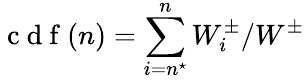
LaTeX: \mathrm{~c~d~f~}(n)=\sum_{i=n^{\star}}^{n}W_{i}^{\pm}/W^{\pm}